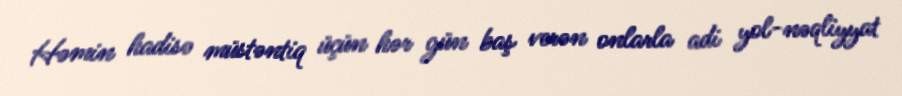
Həmin hadisə müstəntiq üçün hər gün baş verən onlarla adi yol-nəqliyyat